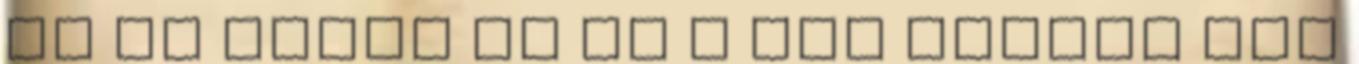
ez az egész és ez a két idősík már